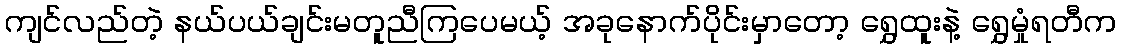
ကျင်လည်တဲ့ နယ်ပယ်ချင်းမတူညီကြပေမယ့် အခုနောက်ပိုင်းမှာတော့ ရွှေထူးနဲ့ ရွှေမှုံရတီက